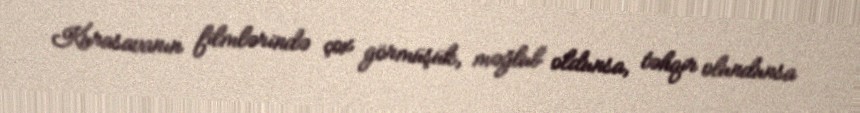
Kurasavanın filmlərində çox görmüşük, məğlub oldunsa, təhqir olundunsa